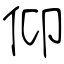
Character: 仰